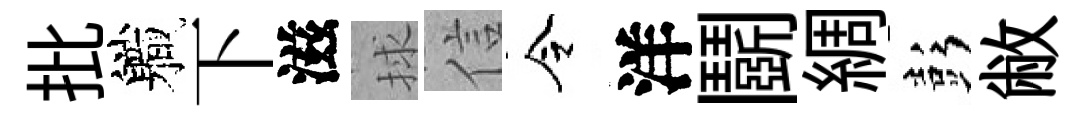
批軄下滋捄信令洋鬬綢彭敝